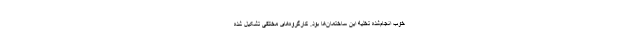
خوب انجام‌شده تخلیه این ساختمان‌ها بود. کارگروه‌های مختلفی تشکیل شده